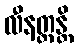
လီနတ္တန္တိ